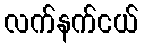
လက်နက်ငယ်